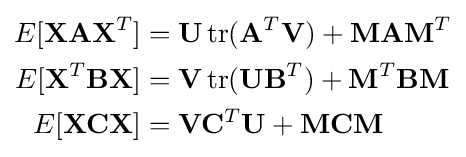
{\begin{aligned}E[\mathbf {X} \mathbf {A} \mathbf {X} ^{T}]&=\mathbf {U} \operatorname {tr} (\mathbf {A} ^{T}\mathbf {V} )+\mathbf {MAM} ^{T}\\E[\mathbf {X} ^{T}\mathbf {B} \mathbf {X} ]&=\mathbf {V} \operatorname {tr} (\mathbf {U} \mathbf {B} ^{T})+\mathbf {M} ^{T}\mathbf {BM} \\E[\mathbf {X} \mathbf {C} \mathbf {X} ]&=\mathbf {V} \mathbf {C} ^{T}\mathbf {U} +\mathbf {MCM} \end{aligned}}